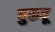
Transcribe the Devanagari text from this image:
चुकवू